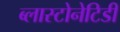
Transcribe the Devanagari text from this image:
ब्लास्टोनेटिडी